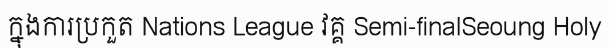
ក្នុងការប្រកួត Nations League វគ្គ Semi-finalSeoung Holy